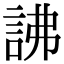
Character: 䛍